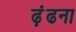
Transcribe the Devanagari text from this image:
ढ़ूंढना